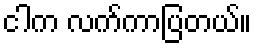
ငါက လက်ကာပြတယ်။